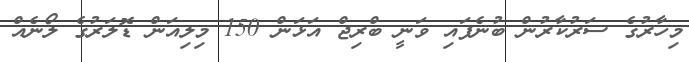
މިހާރުގެ ސަރުކާރުން ބުނެފައި ވަނީ ބްރިޖް އަޅަން 150 މިލިއަން ޑޮލަރުގެ ލޯނެއް